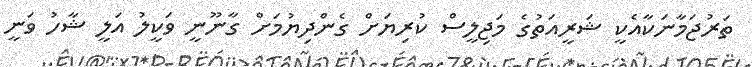
ތަރުޖަމާނަކާއެކީ ޝަރީއަތުގެ މަޖިލީސް ކުރިޔަށް ގެންދިޔުމަށް ގާނޫނީ ވަކީލު އަލީ ޝާހު ވަނީ